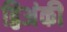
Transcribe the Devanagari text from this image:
द्विअंकी